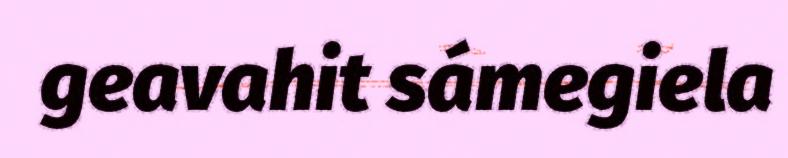
geavahit sámegiela